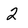
Character: 2